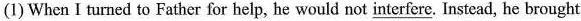
(1) When I turned to Father for help, he would not \underline{interfere}. Instead, he brought